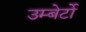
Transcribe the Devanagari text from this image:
उम्बेर्टो